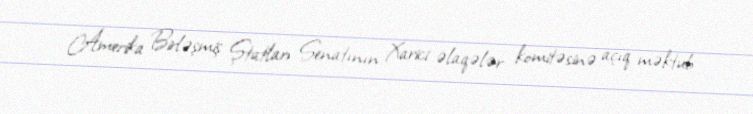
Amerika Birləşmiş Ştatları Senatının Xarici əlaqələr komitəsinə açıq məktub